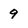
Character: 9